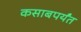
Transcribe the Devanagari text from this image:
कसाबपर्यंत